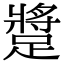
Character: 𨄚